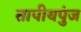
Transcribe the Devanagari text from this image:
तापीयपुंज